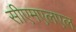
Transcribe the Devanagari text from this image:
सीएमएलएल